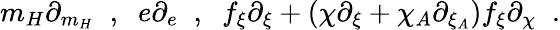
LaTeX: m_{H}\partial_{m_{H}}\; \; ,\; \; e\partial_{e}\; \; ,\; \; f_{\xi}\partial_{\xi}+(\chi\partial_{\xi}+\chi_{A}\partial_{\xi_{A}})f_{\xi}\partial_{\chi}\; \; .